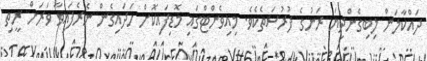
ދައްކާލަން ލިބިގެންދިޔަ ރަނުގެ ފުރުސަތެކެވެ. މިއިވެންޓްގައި މޮޑިފައިކޮށް ހަދައިގެން ނެރެފައިވާ ވަރަށް ރީތި